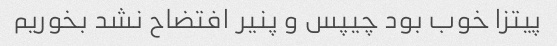
پیتزا خوب بود چیپس و پنیر افتضاح نشد بخوریم